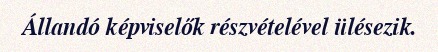
Állandó képviselők részvételével ülésezik.